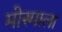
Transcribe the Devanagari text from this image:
मोस्माला